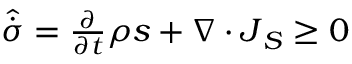
\begin{array} { r } { \hat { \dot { \sigma } } = \frac { \partial } { \partial t } \rho s + \nabla \cdot \boldsymbol { J } _ { S } \ge 0 } \end{array}